Lunatic asylums Bombay report 1891-1903 - 1891-1903
Year: 1891
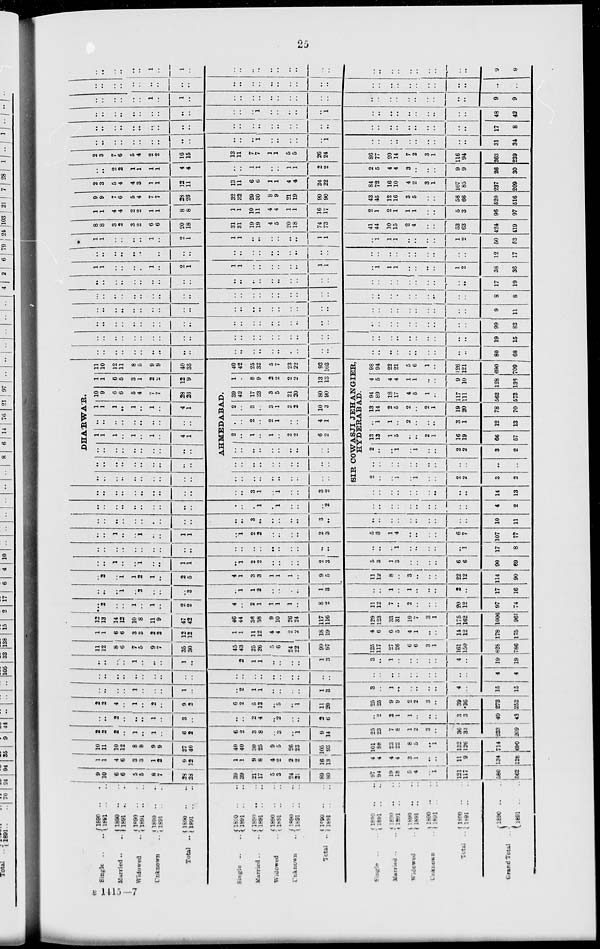
25
Single .. ..
Married .. ..
Widowed ..
Unknown ..
Total ..
1890 .. ..
1891 .. ..
1890 .. ..
1891 .. ..
1890 .. ..
1891 .. ..
1890 .. ..
1891 .. ..
1890 .. ..
1891 .. ..
Single .. ..
Married .. ..
Widowed ..
Unknown ..
Total ..
1890 .. ..
1891 .. ..
1890 .. ..
1891 .. ..
1890 .. ..
1891 .. ..
1890 .. ..
1891 .. ..
1890 .. ..
1891 .. ..
Single .. ..
Married .. ..
Widowed ..
Unknown ..
Total ..
Grand Total ..
1890 .. ..
1891 .. ..
1890 .. ..
1891 .. ..
1890 .. ..
1891 .. ..
1890 .. ..
1891 .. ..
1890 .. ..
1891 .. ..
1890 .. ..
1891 .. ..
9
10
6
6
5
5
8
7
28
23
39
39
21
17
5
3
24
21
89
80
97
94
19
18
5
4
..
1
121
117
580
562
1
1
4
6
3
3
1
2
9
12
1
1
9
8
4
2
2
2
16
13
4
4
4
4
3
1
..
..
11
9
134
128
10
11
10
12
8
8
9
9
27
40
40
40
30
25
9
5
26
23
105
93
101
98
23
22
8
5
..
1
132
126
714
690
2
2
2
..
1
..
1
..
6
2
6
2
3
8
..
3
..
1
9
14
25
23
7
8
1
2
3
..
36
33
233
209
..
..
2
..
..
..
1
..
3
..
..
..
2
4
..
2
..
..
2
6
..
2
2
1
1
..
..
..
3
3
40
43
2
2
4
..
1
..
2
..
9
2
6
2
5
12
..
5
..
1
11
20
25
25
9
9
2
2
3
..
39
36
273
252
..
..
..
..
1
..
..
..
1
..
..
2
1
1
..
..
..
..
1
3
3
..
1
..
..
..
..
..
4
..
15
15
..
..
..
..
..
..
..
..
..
..
..
..
..
..
..
..
..
..
..
..
..
..
..
..
..
..
..
..
..
..
4
4
..
..
..
..
1
..
..
..
1
..
..
2
1
1
..
..
..
..
1
3
3
..
1
..
..
..
..
..
4
..
19
19
11
12
8
6
7
5
9
7
35
30
45
43
25
26
5
6
24
22
99
97
125
117
27
26
6
6
3
1
161
150
828
786
1
1
6
6
3
3
2
2
12
12
1
1
11
12
4
4
2
2
18
19
12
13
14
12
10
8
11
9
47
42
46
44
36
38
9
10
26
24
117
116
4
6
6
5
4
1
..
..
14
12
178
175
129
123
33
31
10
7
3
1
175
162
1006
961
..
2
..
..
1
..
1
..
2
2
4
..
2
1
1
1
1
..
8
2
11
12
7
..
2
..
..
..
20
12
97
74
..
..
..
1
..
2
..
..
..
3
..
1
1
2
..
..
..
..
1
3
..
..
1
..
1
..
..
..
2
..
17
16
..
2
..
1
1
2
1
..
2
5
4
1
3
3
1
1
1
..
9
5
11
12
8
..
3
..
..
..
22
12
114
90
..
..
1
..
..
1
..
..
1
1
..
1
2
2
..
..
..
..
2
3
5
3
1
3
..
..
..
..
6
6
90
69
..
..
..
..
..
..
..
..
..
..
..
..
..
..
..
..
..
..
..
..
..
..
..
1
..
..
..
..
..
1
17
8
..
..
1
..
..
1
..
..
1
1
..
1
2
2
..
..
..
..
2
3
5
3
1
4
..
..
..
..
6
7
107
77
..
..
..
..
..
..
..
..
..
..
..
..
3
..
..
..
..
..
3
..
..
..
..
..
..
..
..
..
..
..
10
11
..
..
..
..
..
..
..
..
..
..
..
..
..
1
..
1
..
..
..
2
..
..
..
..
..
..
..
..
..
..
4
2
..
..
..
..
..
..
..
..
..
..
..
..
3
1
..
1
..
..
3
2
..
..
..
..
..
..
..
..
..
..
14
13
DHÁRWÁR.
..
..
..
..
..
..
..
..
..
..
..
..
..
..
..
..
..
..
..
..
..
..
..
..
..
..
..
..
..
..
1
1
1
..
1
..
1
..
4
1
..
..
..
..
..
..
..
..
..
..
1
1
1
..
1
..
1
..
4
1
10
9
6
6
5
4
7
7
28
26
1
1
6
5
3
1
2
2
12
9
11
10
12
11
8
5
9
9
40
35
AHMEDABAD.
..
..
..
..
..
..
..
..
..
..
..
..
..
..
..
..
..
..
..
..
..
..
..
..
..
..
..
..
..
..
2
..
1
..
1
..
2
2
6
2
..
..
2
..
2
1
..
..
4
1
2
..
3
..
3
1
2
2
10
3
39
42
17
23
3
5
21
20
80
90
1
..
8
9
2
2
2
2
13
13
40
42
25
32
5
7
23
22
93
103
SIR COWASJI JEHANGIER,
HYDERABAD.
2
..
..
1
..
1
..
..
2
2
3
2
..
..
..
..
..
..
..
..
..
..
..
..
2
..
..
1
1
..
..
2
2
3
2
13
13
1
5
..
..
2
1
16
19
66
57
..
1
1
..
2
..
..
..
3
1
12
13
13
14
2
5
2
..
2
1
19
20
78
70
94
89
18
17
4
5
1
..
117
111
562
573
4
5
4
4
1
1
..
..
9
10
128
136
98
94
22
21
6
6
1
..
126
121
890
709
..
..
..
..
..
..
..
..
..
..
..
..
..
..
..
..
..
..
..
..
..
..
..
..
..
..
..
..
..
..
80
68
..
..
..
..
..
..
..
..
..
..
..
..
..
..
..
..
..
..
..
..
..
..
..
..
..
..
..
..
..
..
19
15
..
..
..
..
..
..
..
..
..
..
..
..
..
..
..
..
..
..
..
..
..
..
..
..
..
..
..
..
..
..
99
83
..
..
..
..
..
..
..
..
..
..
..
..
..
..
..
..
..
..
..
..
..
..
..
..
..
..
..
..
..
..
9
11
..
..
..
..
..
..
..
..
..
..
..
..
..
..
..
..
..
..
..
..
..
..
..
..
..
..
..
..
..
..
8
8
..
..
..
..
..
..
..
..
..
..
..
..
..
..
..
..
..
..
..
..
..
..
..
..
..
..
..
..
..
..
17
19
1
1
..
..
..
..
1
..
2
1
1
1
..
..
..
..
..
..
1
1
..
1
1
1
..
..
..
..
1
2
38
36
..
..
..
..
..
..
..
..
..
..
..
..
..
..
..
..
..
..
..
..
..
..
..
..
..
..
..
..
..
..
12
17
1
1
..
..
..
..
1
..
2
1
1
1
..
..
..
..
..
..
1
1
..
1
1
1
..
..
..
..
1
2
50
53
8
8
3
2
3
2
6
6
20
18
31
31
19
19
4
5
20
18
74
73
41
44
10
15
2
4
..
..
53
63
424
419
1
1
4
4
2
2
1
1
8
8
1
1
10
11
4
4
1
1
16
17
2
1
2
1
1
1
..
..
5
3
96
97
9
9
7
6
5
4
7
7
28
26
32
32
29
30
8
9
21
19
90
90
43
45
12
16
3
5
..
..
58
66
520
516
2
3
5
4
4
3
1
1
12
11
13
11
6
6
1
1
4
4
24
22
84
72
16
10
4
2
3
1
107
85
237
209
..
..
2
2
1
1
1
1
4
4
..
..
1
1
..
..
1
1
2
2
2
5
4
4
3
..
..
..
9
9
26
30
2
3
7
6
5
4
2
2
16
15
13
11
7
7
1
1
5
5
26
24
86
77
20
14
7
2
3
1
116
94
263
239
..
..
..
..
..
..
..
..
..
..
..
..
..
1
..
..
..
..
..
1
..
..
..
..
..
..
..
..
..
..
31
34
..
..
..
..
..
..
..
..
..
..
..
..
..
..
..
..
..
..
..
..
..
..
..
..
..
..
..
..
..
..
17
8
..
..
..
..
..
..
..
..
..
..
..
..
..
1
1
..
..
..
..
1
..
..
..
..
..
..
..
..
..
..
48
42
..
..
..
..
..
..
1
..
1
..
..
..
..
..
..
..
..
..
..
..
..
..
..
..
..
..
..
..
..
..
9
9
..
..
..
..
..
..
..
..
..
..
..
..
..
..
..
..
..
..
..
..
..
..
..
..
..
..
..
..
..
..
..
..
..
..
..
..
..
1
..
1
..
..
..
..
..
..
..
..
..
..
..
..
..
..
..
..
..
..
..
..
..
9
9
B 1415-7